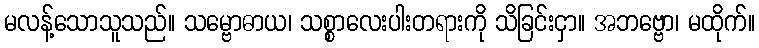
မလန့်သောသူသည်။ သမ္ဗောဓာယ၊ သစ္စာလေးပါးတရားကို သိခြင်းငှာ။ အဘဗ္ဗော၊ မထိုက်။